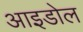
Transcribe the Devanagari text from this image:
आइडोल